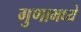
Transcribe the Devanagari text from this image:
गुणामध्ये